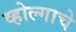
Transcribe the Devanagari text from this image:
व्होल्गाचे